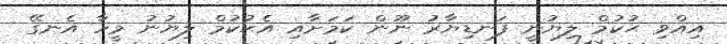
އިއްވި ޙުކުމް ލިޔުނީ ފަނޑިޔާރު ނޫން ކަމަށާއި އެޙުކުމް ލިޔުނު މީހާ އެނގޭ